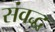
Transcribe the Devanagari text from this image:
संवद्ध